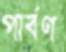
পার্বণ